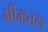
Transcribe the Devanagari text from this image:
भीमतल